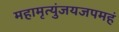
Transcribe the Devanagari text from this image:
महामृत्युंजयजपमहं